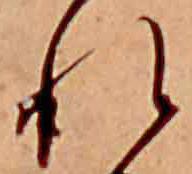
れ